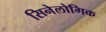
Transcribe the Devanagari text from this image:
सिनेलोगिक